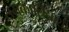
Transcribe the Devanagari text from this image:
समकालिनाशी